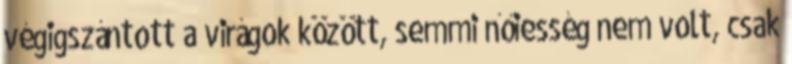
végigszántott a virágok között, semmi nőiesség nem volt, csak